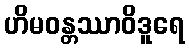
ဟိမဝန္တဿာဝိဒူရေ